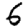
Digit: 6